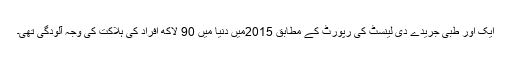
ایک اور طبی جریدے دی لینسٹ کی رپورٹ کے مطابق 2015میں دنیا میں 90 لاکھ افراد کی ہلاکت کی وجہ آلودگی تھی۔